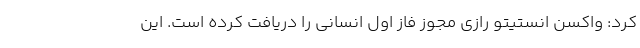
کرد: واکسن انستیتو رازی مجوز فاز اول انسانی را دریافت کرده است. این